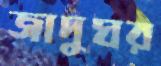
জাদুঘর